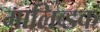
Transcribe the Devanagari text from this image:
मालिब्डक